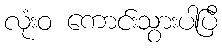
လုံးဝ ကောင်းသွားပါပြီ